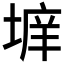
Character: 𱗗